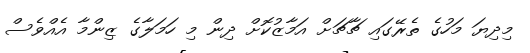
މިދިޔަ މަހުގެ ތެރޭގައި ޗާޗަށް އަމާޒުކޮށް ދިން މި ހަމަލާގެ ޒިންމާ އެއްވެސް